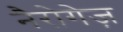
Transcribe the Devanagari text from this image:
नैरोगेज़